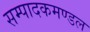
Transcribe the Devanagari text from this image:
सम्पादकमण्डल